Insane asylums in Bengal annual reports 1867-1875 - 1867-1875
Year: 1867
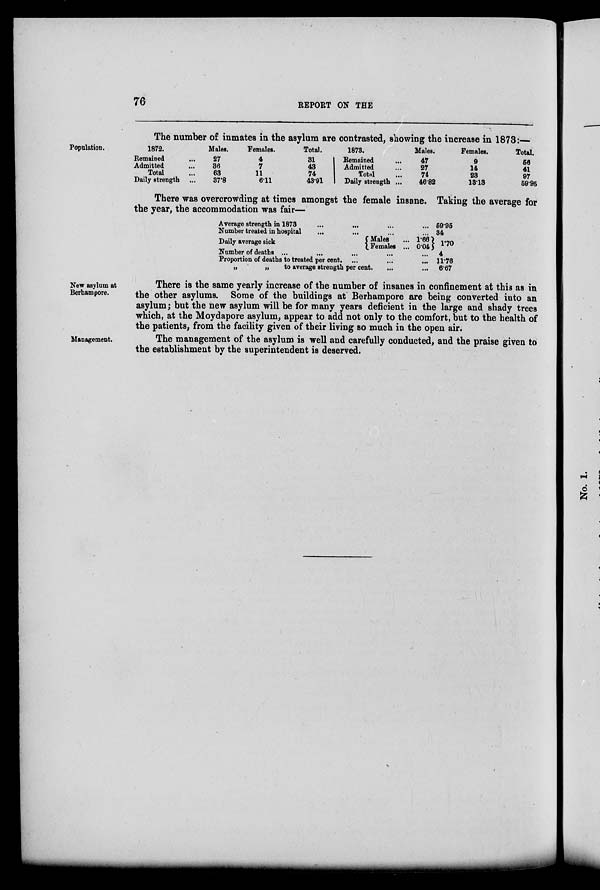
76
REPORT ON THE
Population.
The number of inmates in the asylum are contrasted, showing the increase in 1873:—
1872.
Remained ...
Admitted ...
Total ...
Daily strength ...
Males.
27
36
63
37.8
Females.
4
7
11
6.11
Total.
31
43
74
43.91
1873.
Remained ...
Admitted ...
Total ...
Daily strength ...
Males.
47
27
74
46.82
Females.
9
14
23
13.13
Total.
56
41
97
59.95
There was overcrowding at times amongst the female insane. Taking the average for
the year, the accommodation was fair—
Average strength in 1873
...
... ...
...
Number treated in hospital
...
...
...
...
Daily average sick
Males ...
Females ...
1.66
0.04
Number of deaths ...
...
...
... ...
Proportion of deaths to treated per cent.
... ... ...
„
„
to average strength per cent.
...
...
59.95
34
1.70
4
11.76
6.67
New asylum at
Berhampore.
There is the same yearly increase of the number of insanes in confinement at this as in
the other asylums. Some of the buildings at Berhampore are being converted into an
asylum; but the new asylum will be for many years deficient in the large and shady trees
which, at the Moydapore asylum, appear to add not only to the comfort, but to the health of
the patients, from the facility given of their living so much in the open air.
Management.
The management of the asylum is well and carefully conducted, and the praise given to
the establishment by the superintendent is deserved.